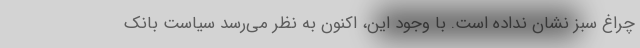
چراغ سبز نشان نداده است. با وجود این، اکنون به نظر می‌رسد سیاست بانک